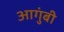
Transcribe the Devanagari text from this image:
आगुंबी